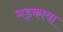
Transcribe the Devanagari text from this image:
भड़्काया